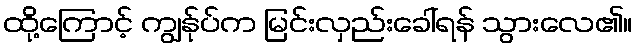
ထို့ကြောင့် ကျွန်ုပ်က မြင်းလှည်းခေါ်ရန် သွားလေ၏။